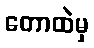
တောထဲမှ